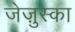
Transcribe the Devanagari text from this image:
जेज़ुस्का